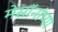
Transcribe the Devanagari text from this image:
मेसॉनांच्या